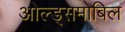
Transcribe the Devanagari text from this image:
ओल्ड्समोबिल